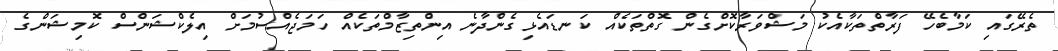
ތެރޭގައި ކަމާބެހޭ ފަރާތްތަކާއެކު މަޝްވަރާކޮށްގެން ގޮތްތަކެއް ކަނޑައެޅިގެންދާނެ އިންތިޒާމްތަކެއް ހަމަޖެއްސުމަށް އިލެކްޝަންސް ކޮމިޝަންގެ